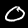
Digit: 0